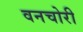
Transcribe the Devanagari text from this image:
वनचोरी